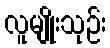
လူမျိုးသုဉ်း